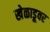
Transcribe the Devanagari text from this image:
खेळाडूवर